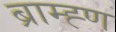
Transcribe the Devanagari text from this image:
ब्राम्ह्ण